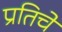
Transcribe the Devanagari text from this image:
प्रतिचे